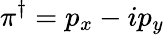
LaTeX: \pi^{\dagger}=p_{x}-ip_{y}